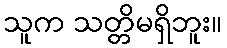
သူက သတ္တိမရှိဘူး။